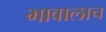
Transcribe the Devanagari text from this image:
भावालाच